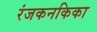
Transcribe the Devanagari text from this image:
रंजकनकिका